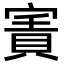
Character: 𡪓